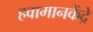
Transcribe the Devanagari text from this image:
हवामानकेंद्रे